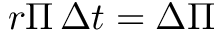
r \Pi \, \Delta t = \Delta \Pi